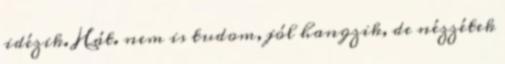
idézik. Hát. nem is tudom, jól hangzik, de nézzétek